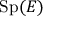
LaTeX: \operatorname { S p } ( E )